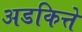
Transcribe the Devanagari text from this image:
अडकित्ते